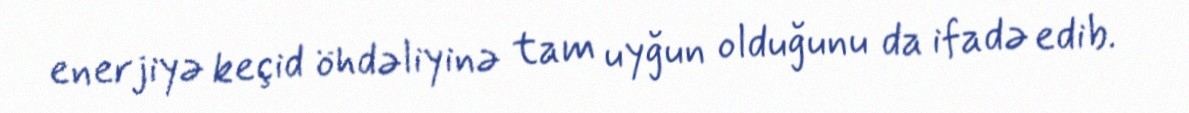
enerjiyə keçid öhdəliyinə tam uyğun olduğunu da ifadə edib.